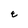
Character: E